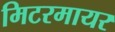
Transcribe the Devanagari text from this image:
मिटरमायर